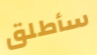
سأطلق